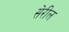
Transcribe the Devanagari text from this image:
सेरील